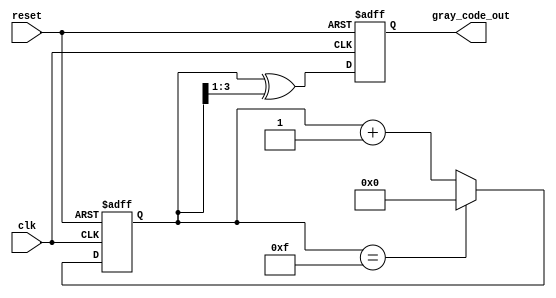
module gray_code_counter #(
    parameter n = 4  // Bit width of the counter (default is 4)
)(
    input wire clk,        // Clock signal
    input wire reset,      // Active low reset signal
    output reg [n-1:0] gray_code_out // Output Gray code
);

    // Internal register to hold the binary count
    reg [n-1:0] binary_count;

    // Always block triggered on the rising edge of the clock
    always @(posedge clk or negedge reset) begin
        if (!reset) begin
            // Reset condition
            binary_count <= 0;
            gray_code_out <= 0;
        end else begin
            // Increment binary count
            if (binary_count == (1 << n) - 1) begin
                binary_count <= 0; // Wrap around
            end else begin
                binary_count <= binary_count + 1;
            end
            
            // Convert binary count to Gray code
            gray_code_out <= binary_count ^ (binary_count >> 1);
        end
    end

endmodule